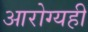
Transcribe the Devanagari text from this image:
आरोग्यही